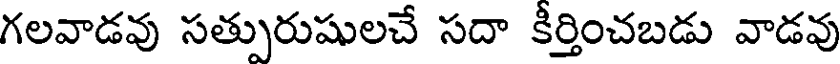
గలవాడవు సత్పురుషులచే సదా కీర్తించబడు వాడవు